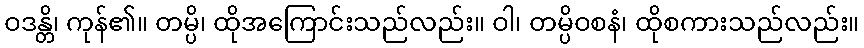
ဝဒန္တိ၊ ကုန်၏။ တမ္ပိ၊ ထိုအကြောင်းသည်လည်း။ ဝါ၊ တမ္ပိဝစနံ၊ ထိုစကားသည်လည်း။